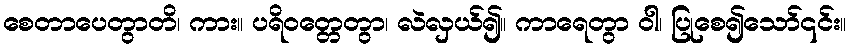
စေတာပေတွာတိ၊ ကား။ ပရိဝတ္တေတွာ၊ လဲလှယ်၍။ ကာရေတွာ ဝါ၊ ပြုစေ၍သော်၎င်း။